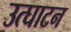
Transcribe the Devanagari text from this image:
उत्घाटन